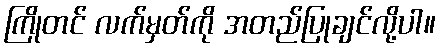
ကြိုတင် လက်မှတ်ကို အတည်ပြုချင်လို့ပါ။